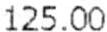
125.00